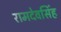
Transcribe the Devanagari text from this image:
रामदेवसिंह